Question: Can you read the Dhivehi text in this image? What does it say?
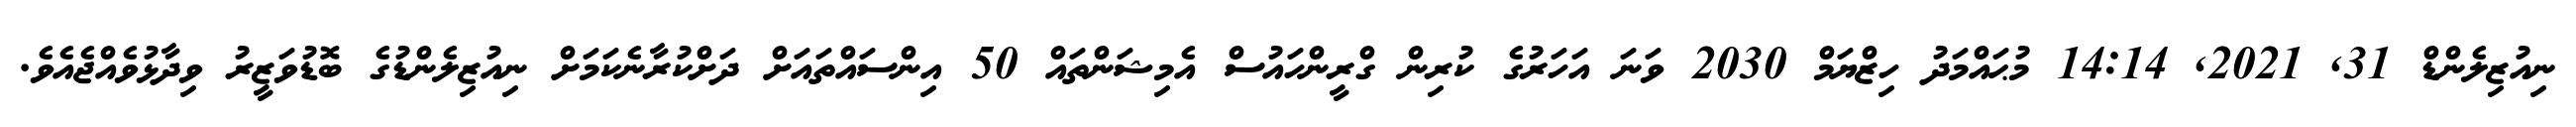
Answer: ނިއުޒިލެންޑް 31, 2021, 14:14 މުޙައްމަދު ހިޒްޔަމް 2030 ވަނަ އަހަރުގެ ކުރިން ގްރީންހައުސް އެމިޝަންތައް 50 އިންސައްތައަށް ދަށްކުރާނެކަމަށް ނިއުޒިލެންޑުގެ ބޮޑުވަޒީރު ވިދާޅުވެއްޖެއެވެ.